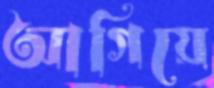
আগিয়ে